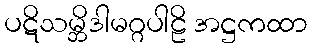
ပဋိသမ္ဘိဒါမဂ္ဂပါဠိ အဋ္ဌကထာ